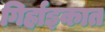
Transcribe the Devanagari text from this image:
गिर्हाइकात